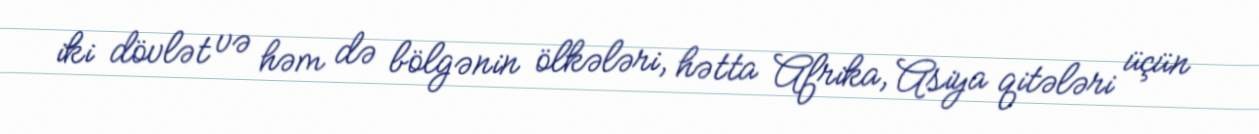
iki dövlət və həm də bölgənin ölkələri, hətta Afrika, Asiya qitələri üçün